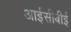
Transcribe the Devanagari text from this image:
आईसीबीई